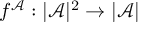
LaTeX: f ^ { \mathcal { A } } : | { \mathcal { A } } | ^ { 2 } \rightarrow | { \mathcal { A } } |